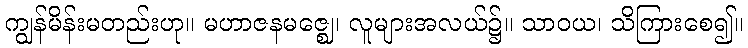
ကျွန်မိန်းမတည်းဟု။ မဟာဇနမဇ္ဈေ၊ လူများအလယ်၌။ သာဝယ၊ သိကြားစေ၍။